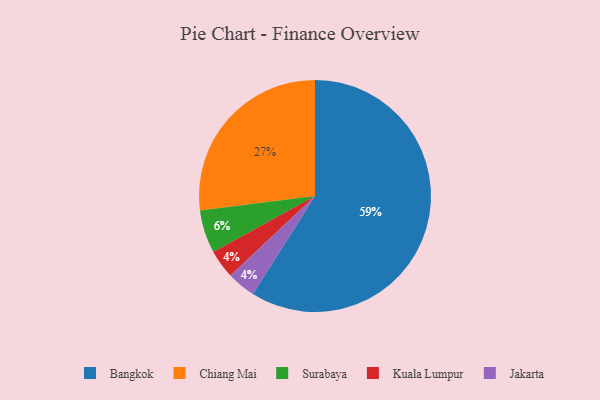
{"axis": {"x": "Category", "y": "Percentage"}, "legend": ["Bangkok", "Chiang Mai", "Jakarta", "Kuala Lumpur", "Surabaya"], "data": [{"x": "Chiang Mai", "y": 27, "type": "Chiang Mai"}, {"x": "Bangkok", "y": 59, "type": "Bangkok"}, {"x": "Kuala Lumpur", "y": 4, "type": "Kuala Lumpur"}, {"x": "Surabaya", "y": 6, "type": "Surabaya"}, {"x": "Jakarta", "y": 4, "type": "Jakarta"}]}